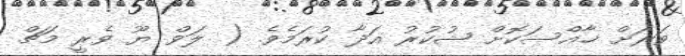
ވަރަށް ޚާއްސަކޮށް ޝުކުރު އަދާ ކުރަމެވެ. ( ލަވް ޔޫ ވެރީ މަޗް